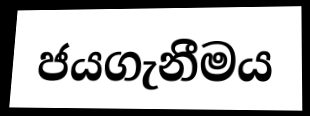
ජයගැනීමය